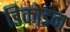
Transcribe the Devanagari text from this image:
डिकोडन